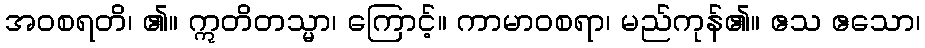
အဝစရတိ၊ ၏။ ဣတိတသ္မာ၊ ကြောင့်။ ကာမာဝစရာ၊ မည်ကုန်၏။ ဧသ ဧသော၊